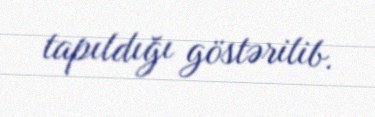
tapıldığı göstərilib.